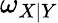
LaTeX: \omega_{X\mid Y}